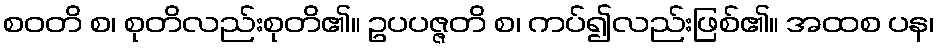
စဝတိ စ၊ စုတိလည်းစုတိ၏။ ဥပပဇ္ဇတိ စ၊ ကပ်၍လည်းဖြစ်၏။ အထစ ပန၊